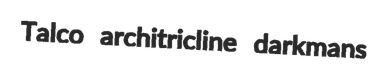
Talco architricline darkmans